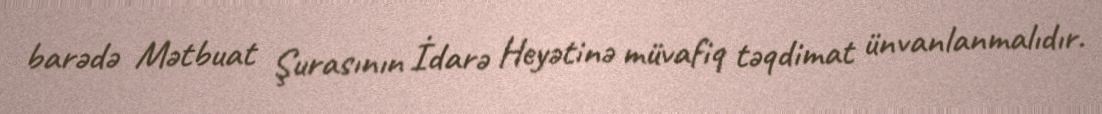
barədə Mətbuat Şurasının İdarə Heyətinə müvafiq təqdimat ünvanlanmalıdır.